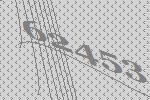
62453